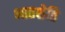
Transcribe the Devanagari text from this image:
भातशेति